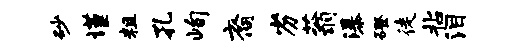
砂谨粗孔峋裔劣蓊瀑磴徒拈泪